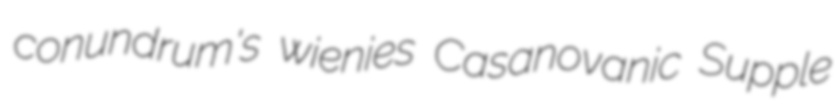
conundrum's wienies Casanovanic Supple